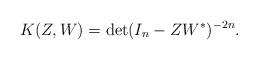
LaTeX: \begin{align*}K(Z,W) = \det(I_n - ZW^*)^{-2n}.\end{align*}